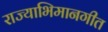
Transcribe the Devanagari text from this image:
राज्याभिमानगीत